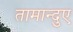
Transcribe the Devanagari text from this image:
तामान्दुए